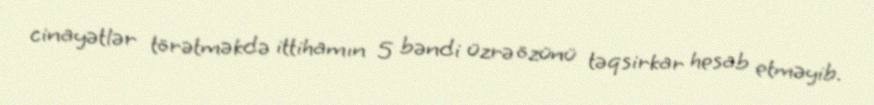
cinayətlər törətməkdə ittihamın 5 bəndi üzrə özünü təqsirkar hesab etməyib.